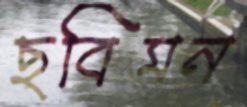
ছবিমন